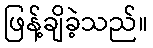
ဖြန့်ချိခဲ့သည်။